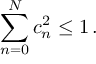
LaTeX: \sum _ { n = 0 } ^ { N } c _ { n } ^ { 2 } \leq 1 \, .